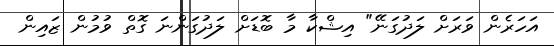
އަހަރެން ވަރަށް ލަދުގަނޭ" އިޝްކާ މާ ބޮޑަށް ލަދުގަންނަ ގޮތް ވުމުން ޒައިން